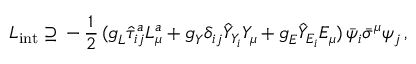
{ \cal L } _ { \mathrm { i n t } } \supseteq \, - \, \frac { 1 } { 2 } \, ( g _ { L } ^ { \mathrm { } } \hat { \tau } _ { i j } ^ { a } L _ { \mu } ^ { a } + g _ { Y } ^ { \mathrm { } } \delta _ { i j } \hat { Y } _ { Y _ { i } } Y _ { \mu } + g _ { E } ^ { \mathrm { } } \hat { Y } _ { E _ { i } } E _ { \mu } ) \, \bar { \psi } _ { i } \bar { \sigma } ^ { \mu } \psi _ { j } \, ,